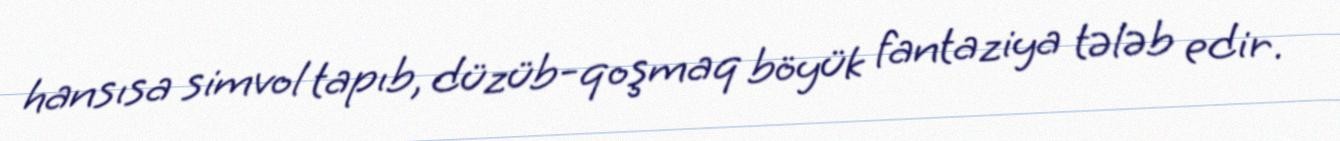
hansısa simvol tapıb, düzüb-qoşmaq böyük fantaziya tələb edir.